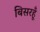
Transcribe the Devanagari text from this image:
बिसरहूँ